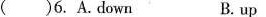
( )6.A.Down B.up